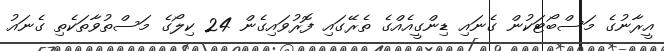
އީރާނުގެ މަސްބޯޓަކުން ގެނައި ޑިންގީއެއްގެ ތެރޭގައި ފޮރުވައިގެން 24 ކިލޯގެ މަސްތުވާތަކެތި ގެނައު